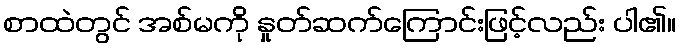
စာထဲတွင် အစ်မကို နှုတ်ဆက်ကြောင်းဖြင့်လည်း ပါ၏။